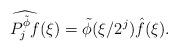
LaTeX: \begin{align*}\widehat{P^{\tilde \phi}_{j} f} (\xi) = \tilde \phi(\xi /2^j) \hat f(\xi).\end{align*}